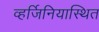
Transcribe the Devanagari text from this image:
व्हर्जिनियास्थित